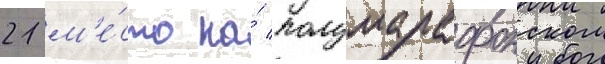
21 м'е́сто на́ полумарафонском